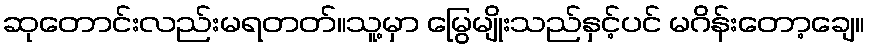
ဆုတောင်းလည်းမရတတ်။သူ့မှာ မြွေမျိုးသည်နှင့်ပင် မဂိန်းတော့ချေ။